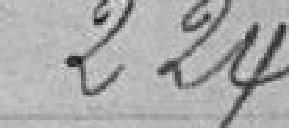
224